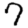
Digit: 7